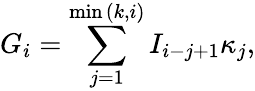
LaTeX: G_{i}=\sum_{j=1}^{\operatorname*{min}{(k,i)}}I_{i-j+1}\kappa_{j},